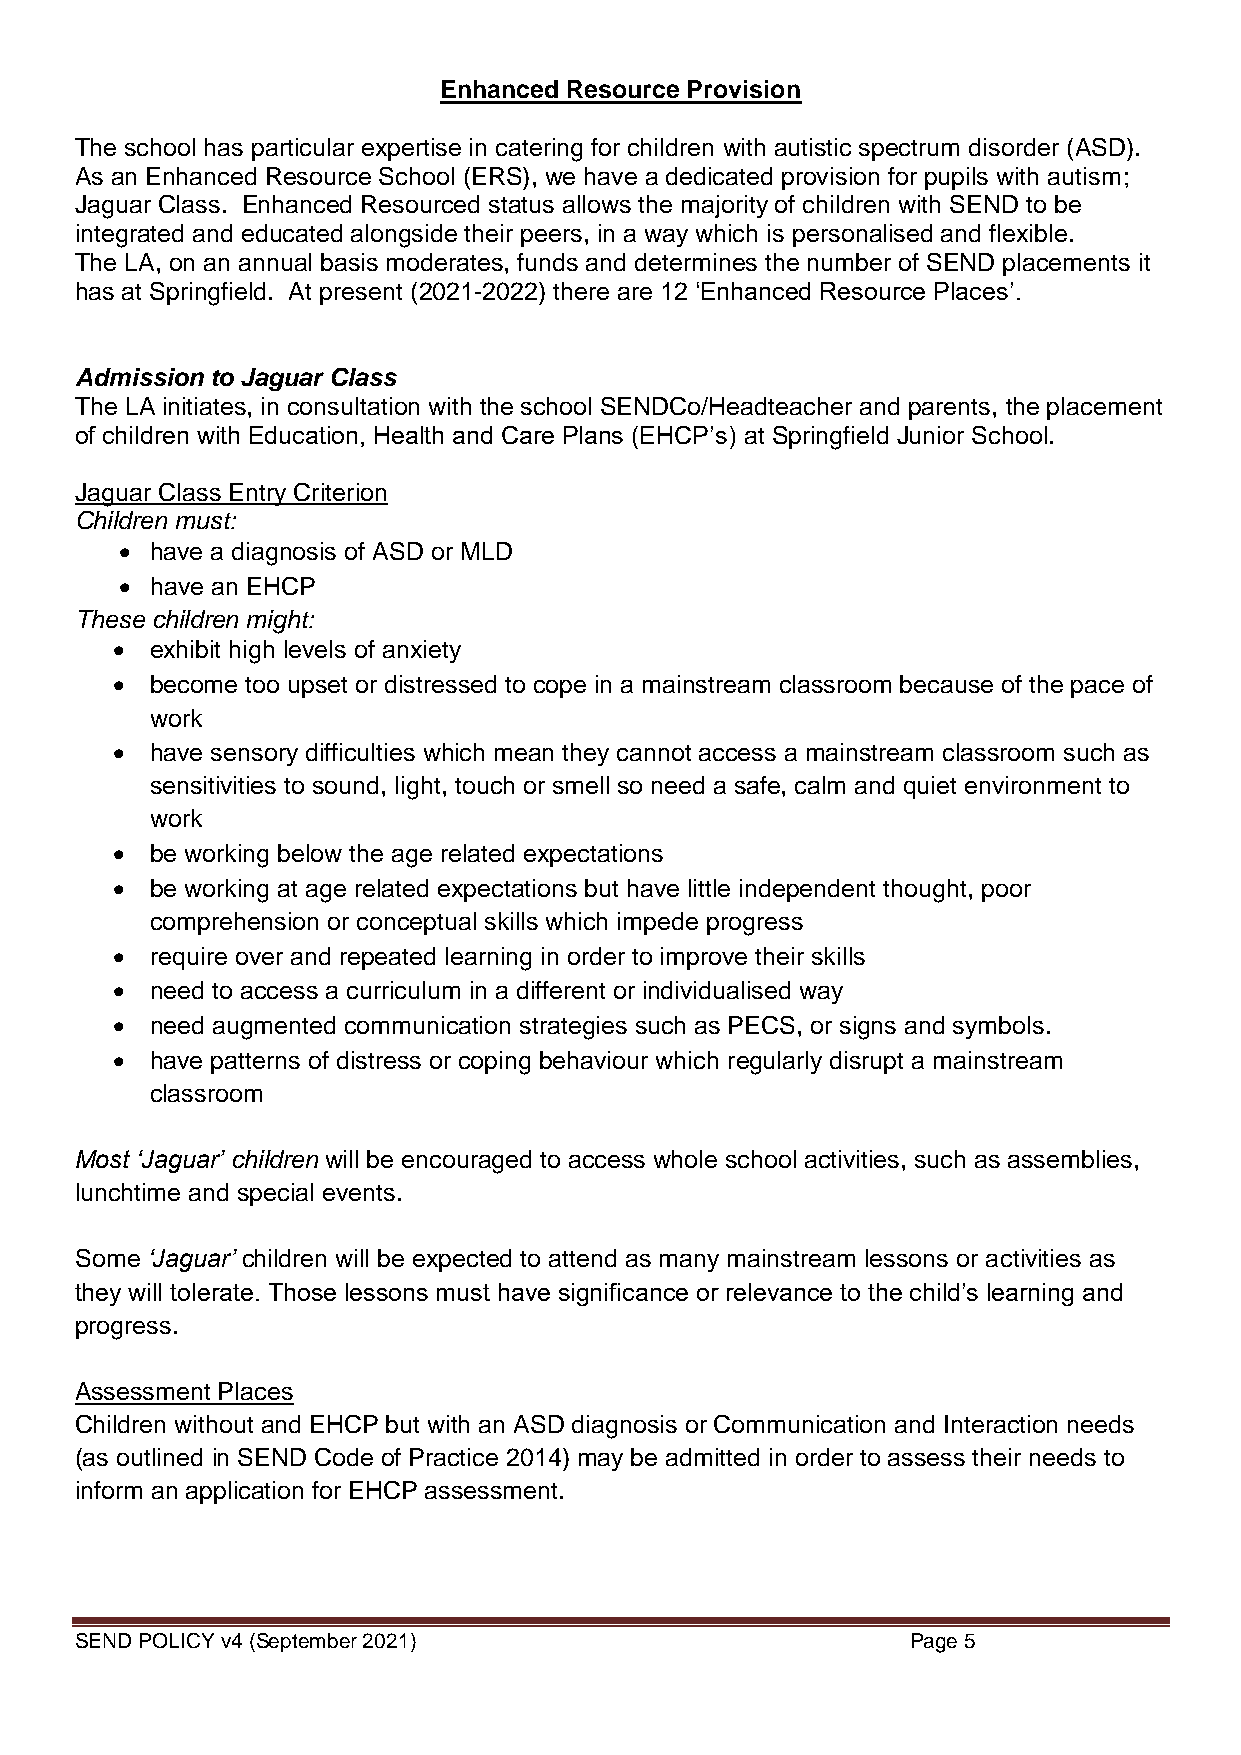
Enhanced Resource Provision
 The school has particular expertise in catering for children with autistic spectrum disorder (ASD).
 As an Enhanced Resource School (ERS), we have a dedicated provision for pupils with autism;
 Jaguar Class. Enhanced Resourced status allows the majority of children with SEND to be
 integrated and educated alongside their peers, in a way which is personalised and flexible.
 The LA, on an annual basis moderates, funds and determines the number of SEND placements it
 has at Springfield. At present (2021-2022) there are 12 ‘Enhanced Resource Places’.
 Admission to Jaguar Class
 The LA initiates, in consultation with the school SENDCo/Headteacher and parents, the placement
 of children with Education, Health and Care Plans (EHCP’s) at Springfield Junior School.
 Jaguar Class Entry Criterion
 Children must:
  have a diagnosis of ASD or MLD
  have an EHCP
 These children might:
   exhibit high levels of anxiety
   become too upset or distressed to cope in a mainstream classroom because of the pace of
 work
   have sensory difficulties which mean they cannot access a mainstream classroom such as
 sensitivities to sound, light, touch or smell so need a safe, calm and quiet environment to
 work
   be working below the age related expectations
   be working at age related expectations but have little independent thought, poor
 comprehension or conceptual skills which impede progress
   require over and repeated learning in order to improve their skills
   need to access a curriculum in a different or individualised way
   need augmented communication strategies such as PECS, or signs and symbols.
   have patterns of distress or coping behaviour which regularly disrupt a mainstream
 classroom
 Most ‘Jaguar’ children will be encouraged to access whole school activities, such as assemblies,
 lunchtime and special events.
 Some ‘Jaguar’ children will be expected to attend as many mainstream lessons or activities as
 they will tolerate. Those lessons must have significance or relevance to the child’s learning and
 progress.
 Assessment Places
 Children without and EHCP but with an ASD diagnosis or Communication and Interaction needs
 (as outlined in SEND Code of Practice 2014) may be admitted in order to assess their needs to
 inform an application for EHCP assessment.
 SEND POLICY v4 (September 2021)                        Page 5